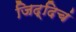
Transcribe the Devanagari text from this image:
जिद्दिचं